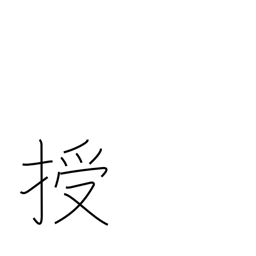
Meaning: instruct